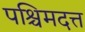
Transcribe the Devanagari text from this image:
पश्चिमदत्त